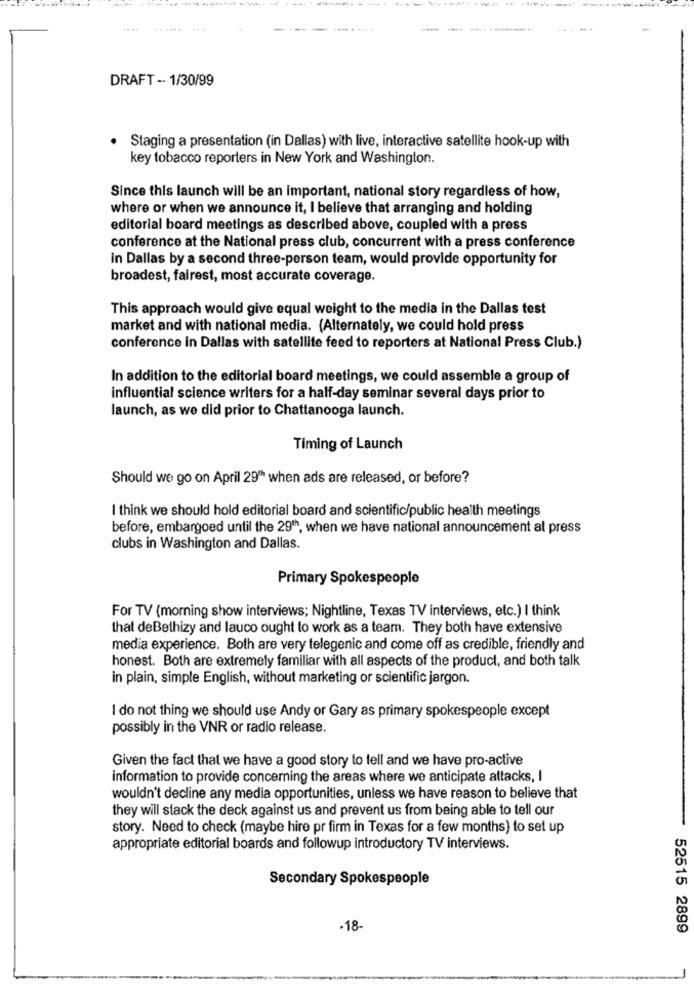
....
......
--- ---- -
DRAFT -· 1/30/99
Staging a presentation (in Dallas) with live, interactive satellite hook-up with
key tobacco reporters in New York and Washington.
Since this launch will be an important, national story regardless of how,
where or when we announce it, I believe that arranging and holding
editorial board meetings as described above, coupled with a press
conference at the National press club, concurrent with a press conference
In Dallas by a second three-person team, would provide opportunity for
broadest, fairest, most accurate coverage.
This approach would give equal weight to the media in the Dallas test
market and with national media. (Alternately, we could hold press
conference in Dallas with satellite feed to reporters at National Press Club.)
In addition to the editorial board meetings, we could assemble a group of
influential science writers for a half-day seminar several days prior to
launch, as we did prior to Chattanooga launch.
Timing of Launch
Should we go on April 29" when ads are released, or before?
I think we should hold editorial board and scientific/public health meetings
before, embargoed until the 291, when we have national announcement al press
clubs in Washington and Dallas.
Primary Spokespeople
For TV (morning show interviews; Nightline, Texas TV interviews, etc.) I think
that deBethizy and lauco ought to work as a team. They both have extensive
media experience. Both are very telegenic and come off as credible, friendly and
honest. Both are extremely familiar with all aspects of the product, and both talk
in plain, simple English, without marketing or scientific jargon.
I do not thing we should use Andy or Gary as primary spokespeople except
possibly in the VNR or radio release.
Given the fact that we have a good story to tell and we have pro-active
information to provide concerning the areas where we anticipate attacks, I
wouldn't decline any media opportunities, unless we have reason to believe that
they will stack the deck against us and prevent us from being able to tell our
story. Need to check (maybe hire pr firm in Texas for a few months) to set up
appropriate editorial boards and followup introductory TV interviews.
Secondary Spokespeople
-18-
52515 2899